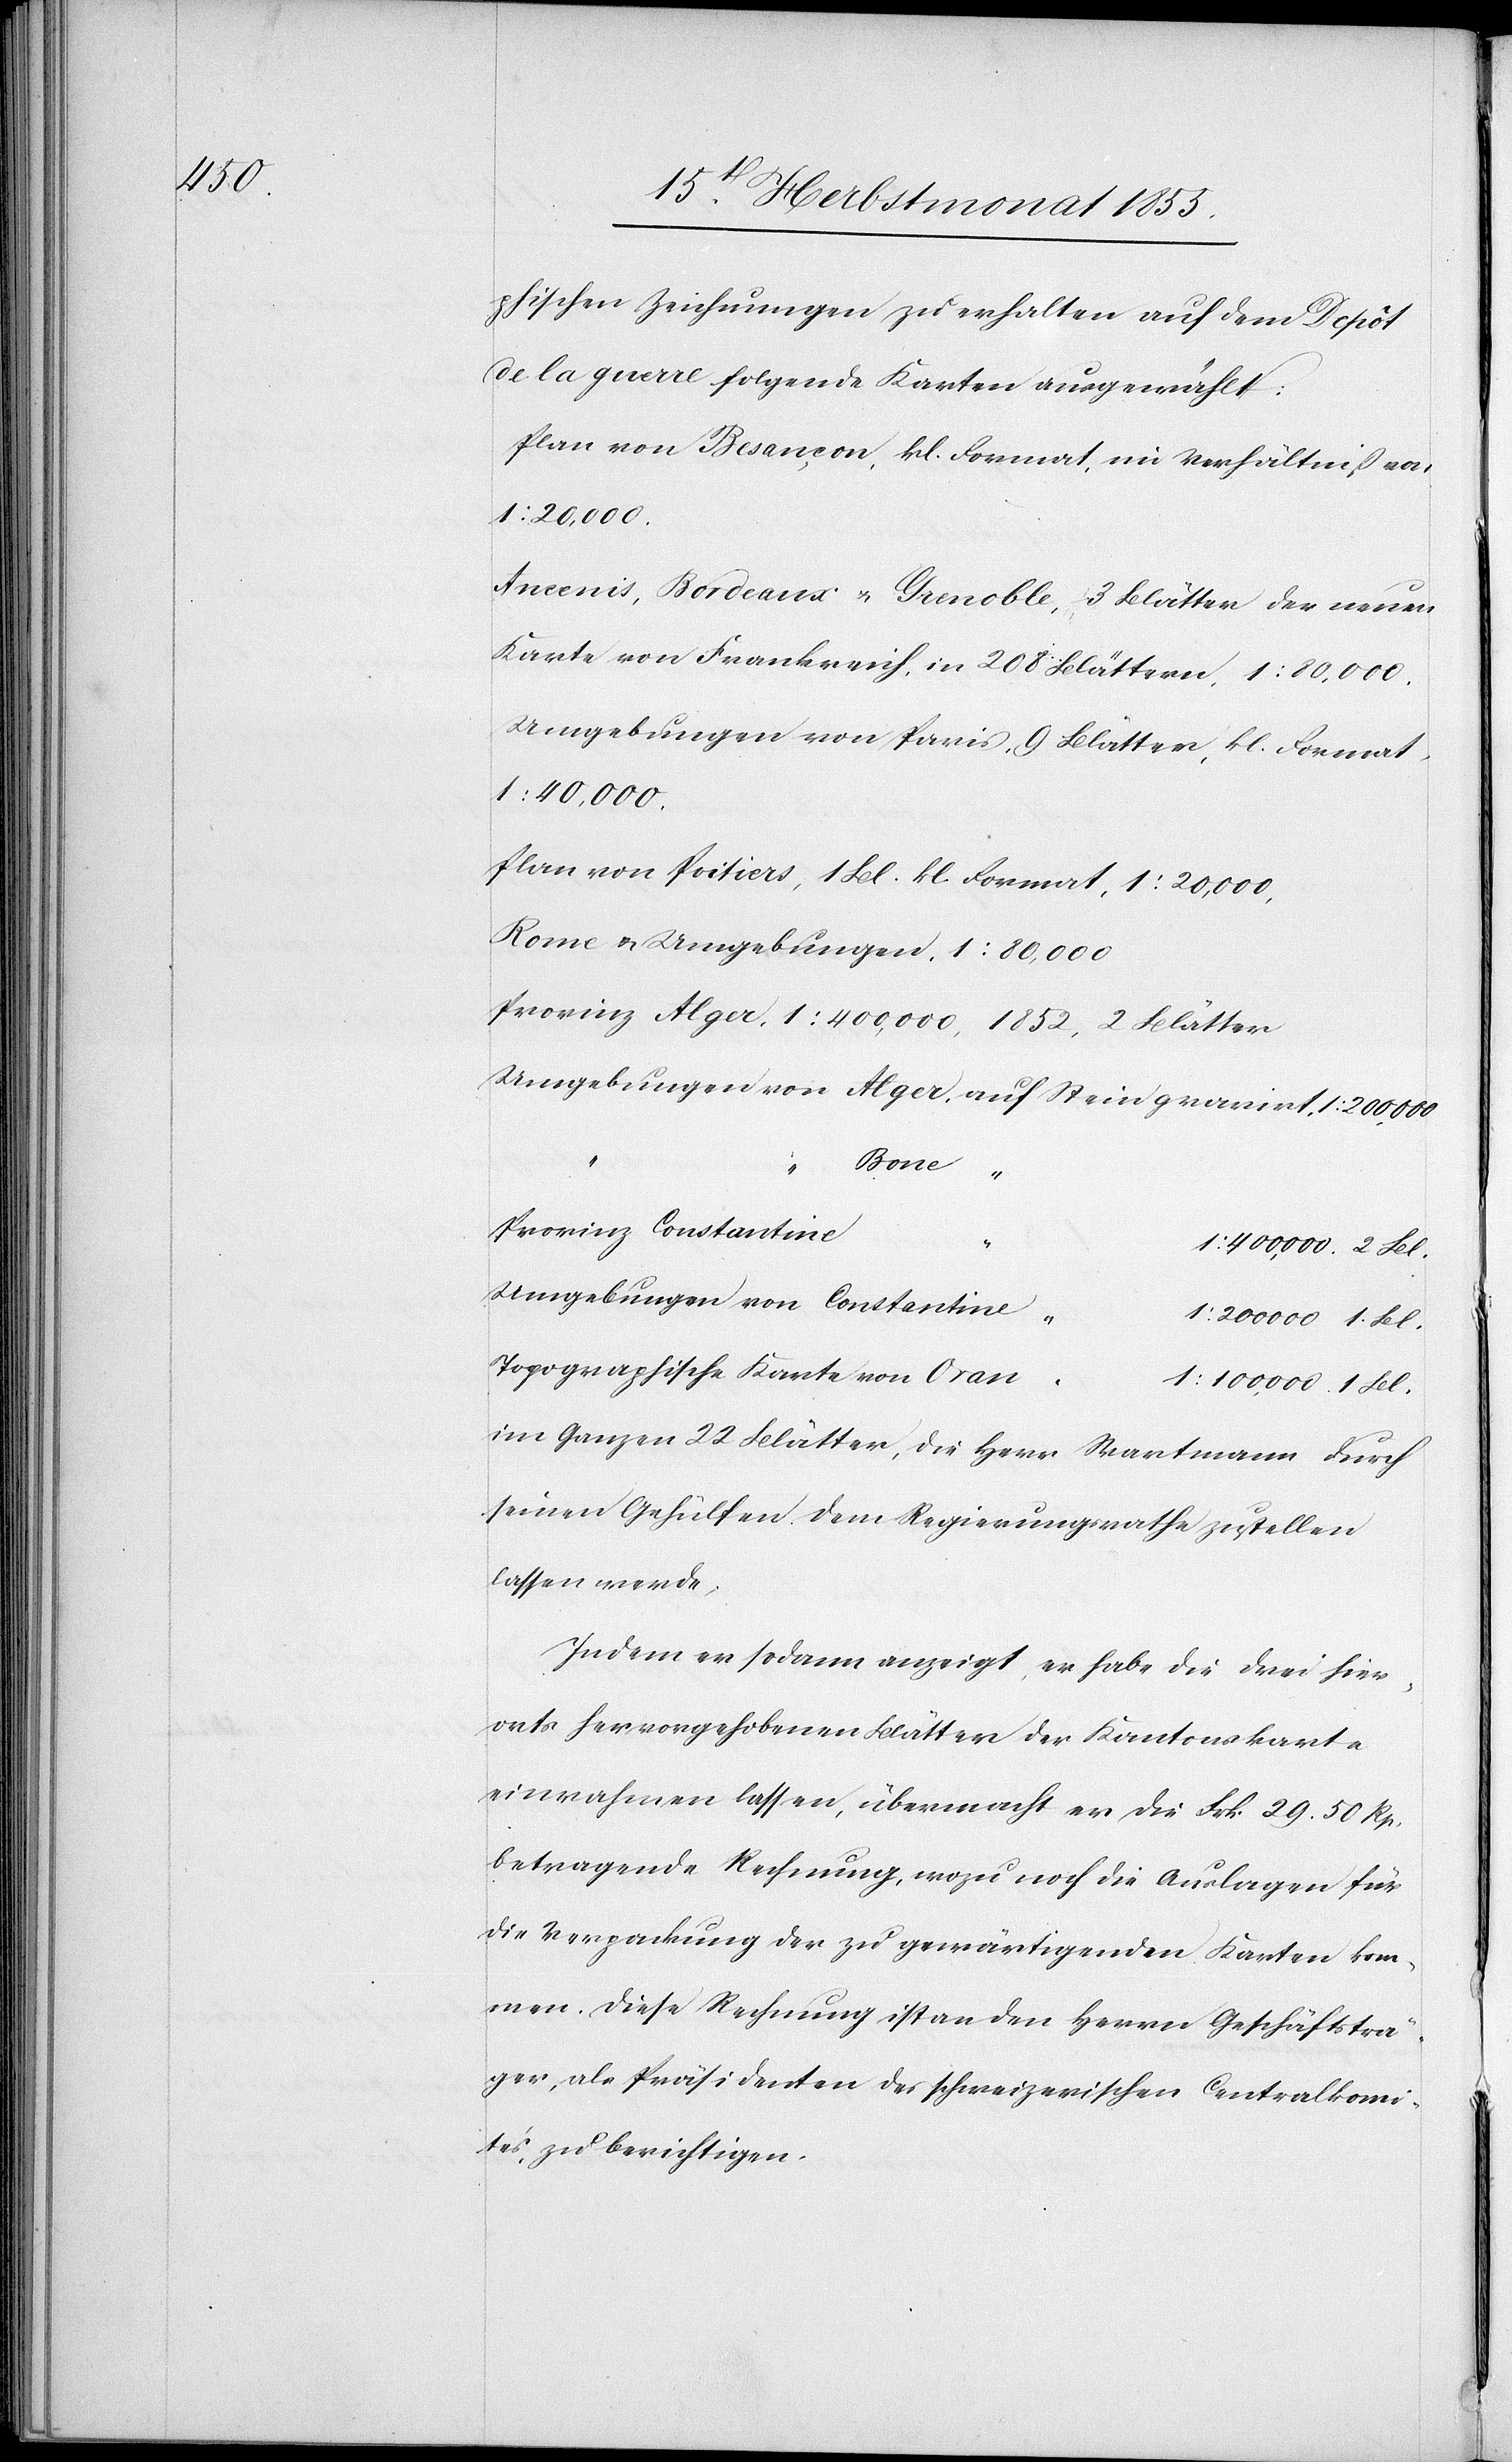
phischen Zeichnungen zu erhalten auf dem Depôt
de la guerre folgende Karten ausgewählt:
Plan von Besançon, kl. Format, im Verhältniß von
1 : 20,000.
Ancenis, Bordeaux & Grenoble, 3 Blätter der neuen
Karte von Frankreich, in 208 Blättern, 1 : 80,000.
Umgebungen von Paris, 9 Blätter, kl. Format,
1 : 40,000.
Plan von Poitiers, 1 Bl. kl. Format, 1 : 20,000,
Rome & Umgebungen, 1 : 80,000
Provinz Alger, 1 : 400,000, 1852, 2 Blätter
Umgebungen von Alger, auf Stein gravirt, 1 : 200,000
Bone “
…
Provinz Constantine
1 : 400,000. 2 Bl.
Umgebungen von Constantine
1 : 200 000 1. Bl.
Topographische Karte von Oran
1 : 100,000 1 Bl.
im Ganzen 22 Blätter, die Herr Wartmann durch
seinen Gehülfen dem Regierungsrathe zustellen
lassen werde.
Indem er sodann anzeigt, er habe die drei hier¬
orts hervorgehobenen Blätter der Kantonskarte
einrahmen lassen, übermacht er die Frk. 29. 50 Rp.
betragende Rechnung, wozu noch die Auslagen für
die Verpackung der zu gewärtigenden Karten kom¬
men. Diese Rechnung ist an den Herrn Geschäftsträ¬
ger, als Präsidenten des schweizerischen Centralkomi¬
tés, zu berichtigen.